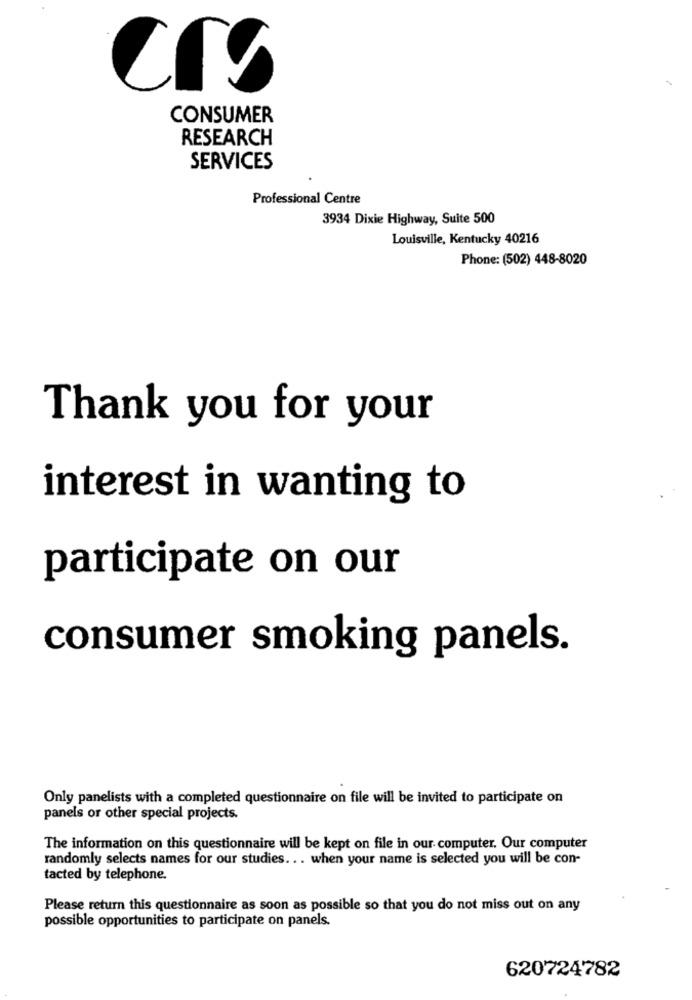
CONSUMER
RESEARCH
SERVICES
Professional Centre
3934 Dixie Highway, Suite 500
Louisville, Kentucky 40216
Phone: (502) 448-8020
Thank you for your
interest in wanting to
participate on our
consumer smoking panels.
Only panelists with a completed questionnaire on file will be invited to participate on
panels or other special projects.
The information on this questionnaire will be kept on file in our computer. Our computer
randomly selects names for our studies ... when your name is selected you will be con-
tacted by telephone.
Please return this questionnaire as soon as possible so that you do not miss out on any
possible opportunities to participate on panels.
620724782